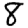
Digit: 8